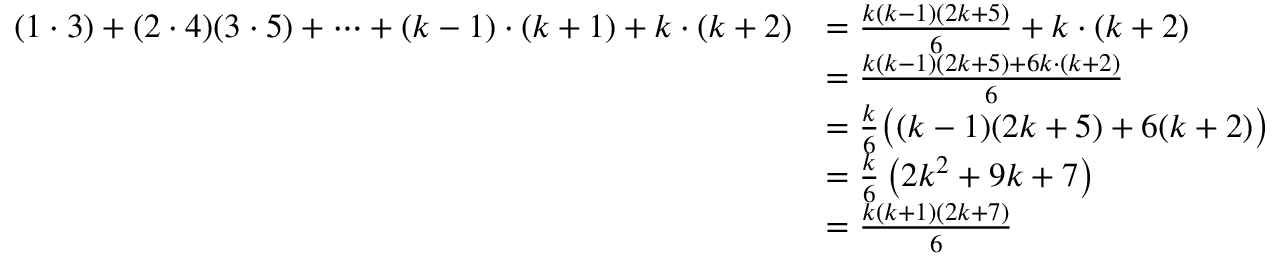
\begin{array} { r l } { ( 1 \cdot 3 ) + ( 2 \cdot 4 ) ( 3 \cdot 5 ) + \dots + ( k - 1 ) \cdot ( k + 1 ) + k \cdot ( k + 2 ) } & { = \frac { k ( k - 1 ) ( 2 k + 5 ) } { 6 } + k \cdot ( k + 2 ) } \\ & { = \frac { k ( k - 1 ) ( 2 k + 5 ) + 6 k \cdot ( k + 2 ) } 6 } \\ & { = \frac { k } { 6 } \big ( ( k - 1 ) ( 2 k + 5 ) + 6 ( k + 2 ) \big ) } \\ & { = \frac { k } { 6 } \left( 2 k ^ { 2 } + 9 k + 7 \right) } \\ & { = \frac { k ( k + 1 ) ( 2 k + 7 ) } { 6 } } \end{array}